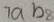
7 a b 8